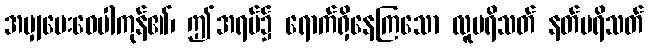
အမျှပေးဝေပါကုန်၏၊ ဤအရပ်၌ ရောက်ရှိနေကြသော လူပရိသတ် နတ်ပရိသတ်